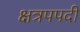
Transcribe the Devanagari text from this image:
क्षत्रपपदी